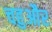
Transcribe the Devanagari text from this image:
चहुऔर